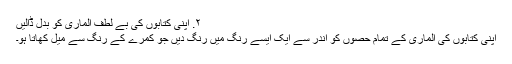
۲. اپنی کتابوں کی بے لطف الماری کو بَدَل ڈالیں
اپنی کتابوں کی الماری کے تمام حصوں کو اندر سے ایک ایسے رنگ میں رنگ دیں جو کمرے کے رنگ سے میل کھاتا ہو۔